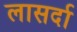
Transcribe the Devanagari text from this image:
लासर्दा